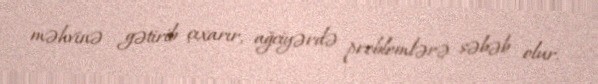
məhvinə gətirib çıxarır, ağciyərdə problemlərə səbəb olur.